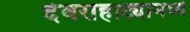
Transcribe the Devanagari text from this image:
देवराहाट्यामध्ये